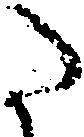
た